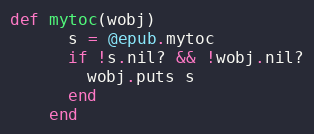
Language: Ruby
def mytoc(wobj)
      s = @epub.mytoc
      if !s.nil? && !wobj.nil?
        wobj.puts s
      end
    end